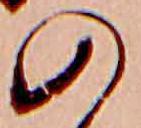
の